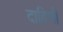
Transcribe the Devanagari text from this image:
दाहिणी